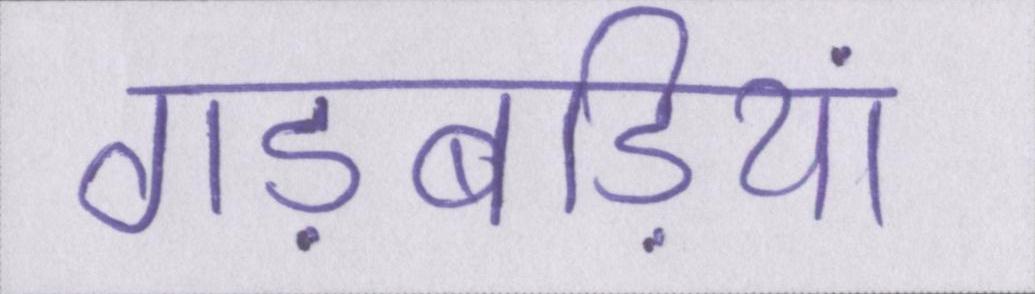
गड़बड़ियां